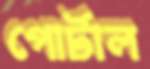
পোর্টাল